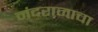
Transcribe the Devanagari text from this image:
नंदराजाचा